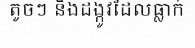
តូចៗ និងដង្កូវដែលធ្លាក់